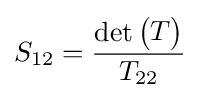
S_{12}={\frac {\det {\begin{pmatrix}T\end{pmatrix}}}{T_{22}}}